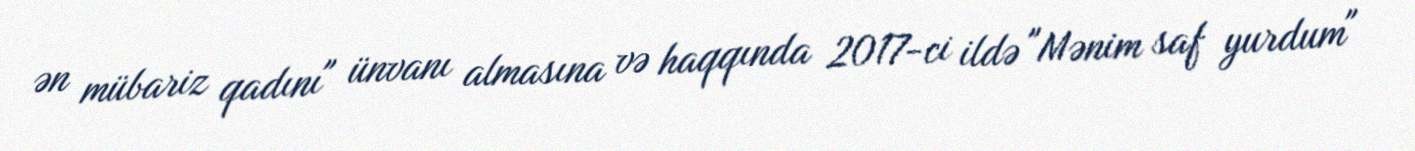
ən mübariz qadını" ünvanı almasına və haqqında 2017-ci ildə "Mənim saf yurdum"